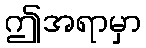
ဤအရာမှာ